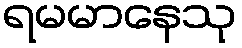
ရမမာနေသု